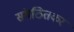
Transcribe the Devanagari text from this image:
संगठितकर